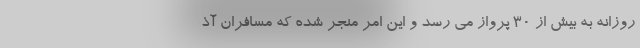
روزانه به بیش از ۳۰ پرواز می رسد و این امر منجر شده که مسافران آذ